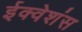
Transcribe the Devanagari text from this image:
ईक्वेशंस